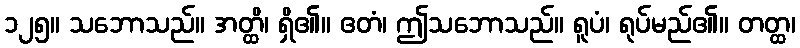
၁၂၅။ သဘောသည်။ အတ္ထိ၊ ရှိ၏။ ဧတံ၊ ဤသဘောသည်။ ရူပံ၊ ရုပ်မည်၏။ တတ္ထ၊